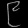
Digit: ၉